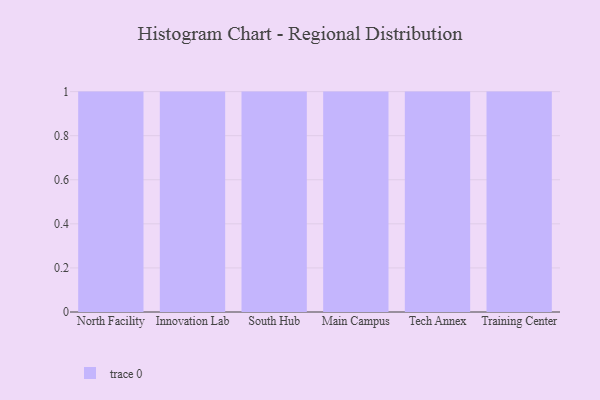
{"axis": {"x": "Campus", "y": "Temperature (°C)"}, "legend": [""], "data": [{"x": "North Facility", "y": 18, "type": ""}, {"x": "Innovation Lab", "y": 62, "type": ""}, {"x": "South Hub", "y": 8, "type": ""}, {"x": "Main Campus", "y": 84, "type": ""}, {"x": "Tech Annex", "y": 90, "type": ""}, {"x": "Training Center", "y": 57, "type": ""}]}